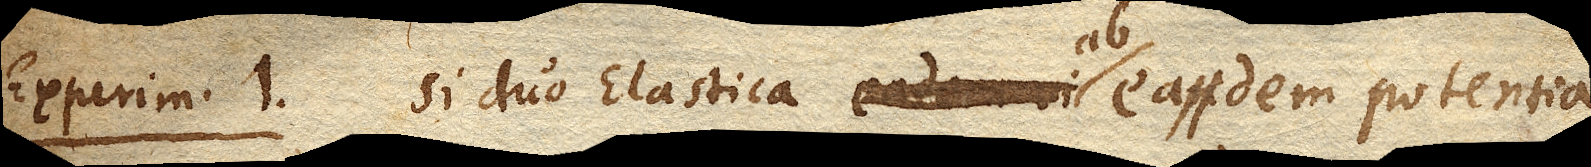
Experim. 1. Si duo Elastica eadem ab eadem potentia